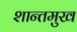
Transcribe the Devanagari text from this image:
शान्तमुख